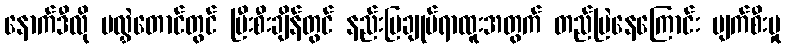
နောက်ဒီလို မလွှဲတောင်တွင် ပြီးစီးချိန်တွင် နည်းပြချုပ်ရာထူးအတွက် တည်မြဲနေကြောင်း ပျက်စီးမှု